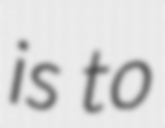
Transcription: is to